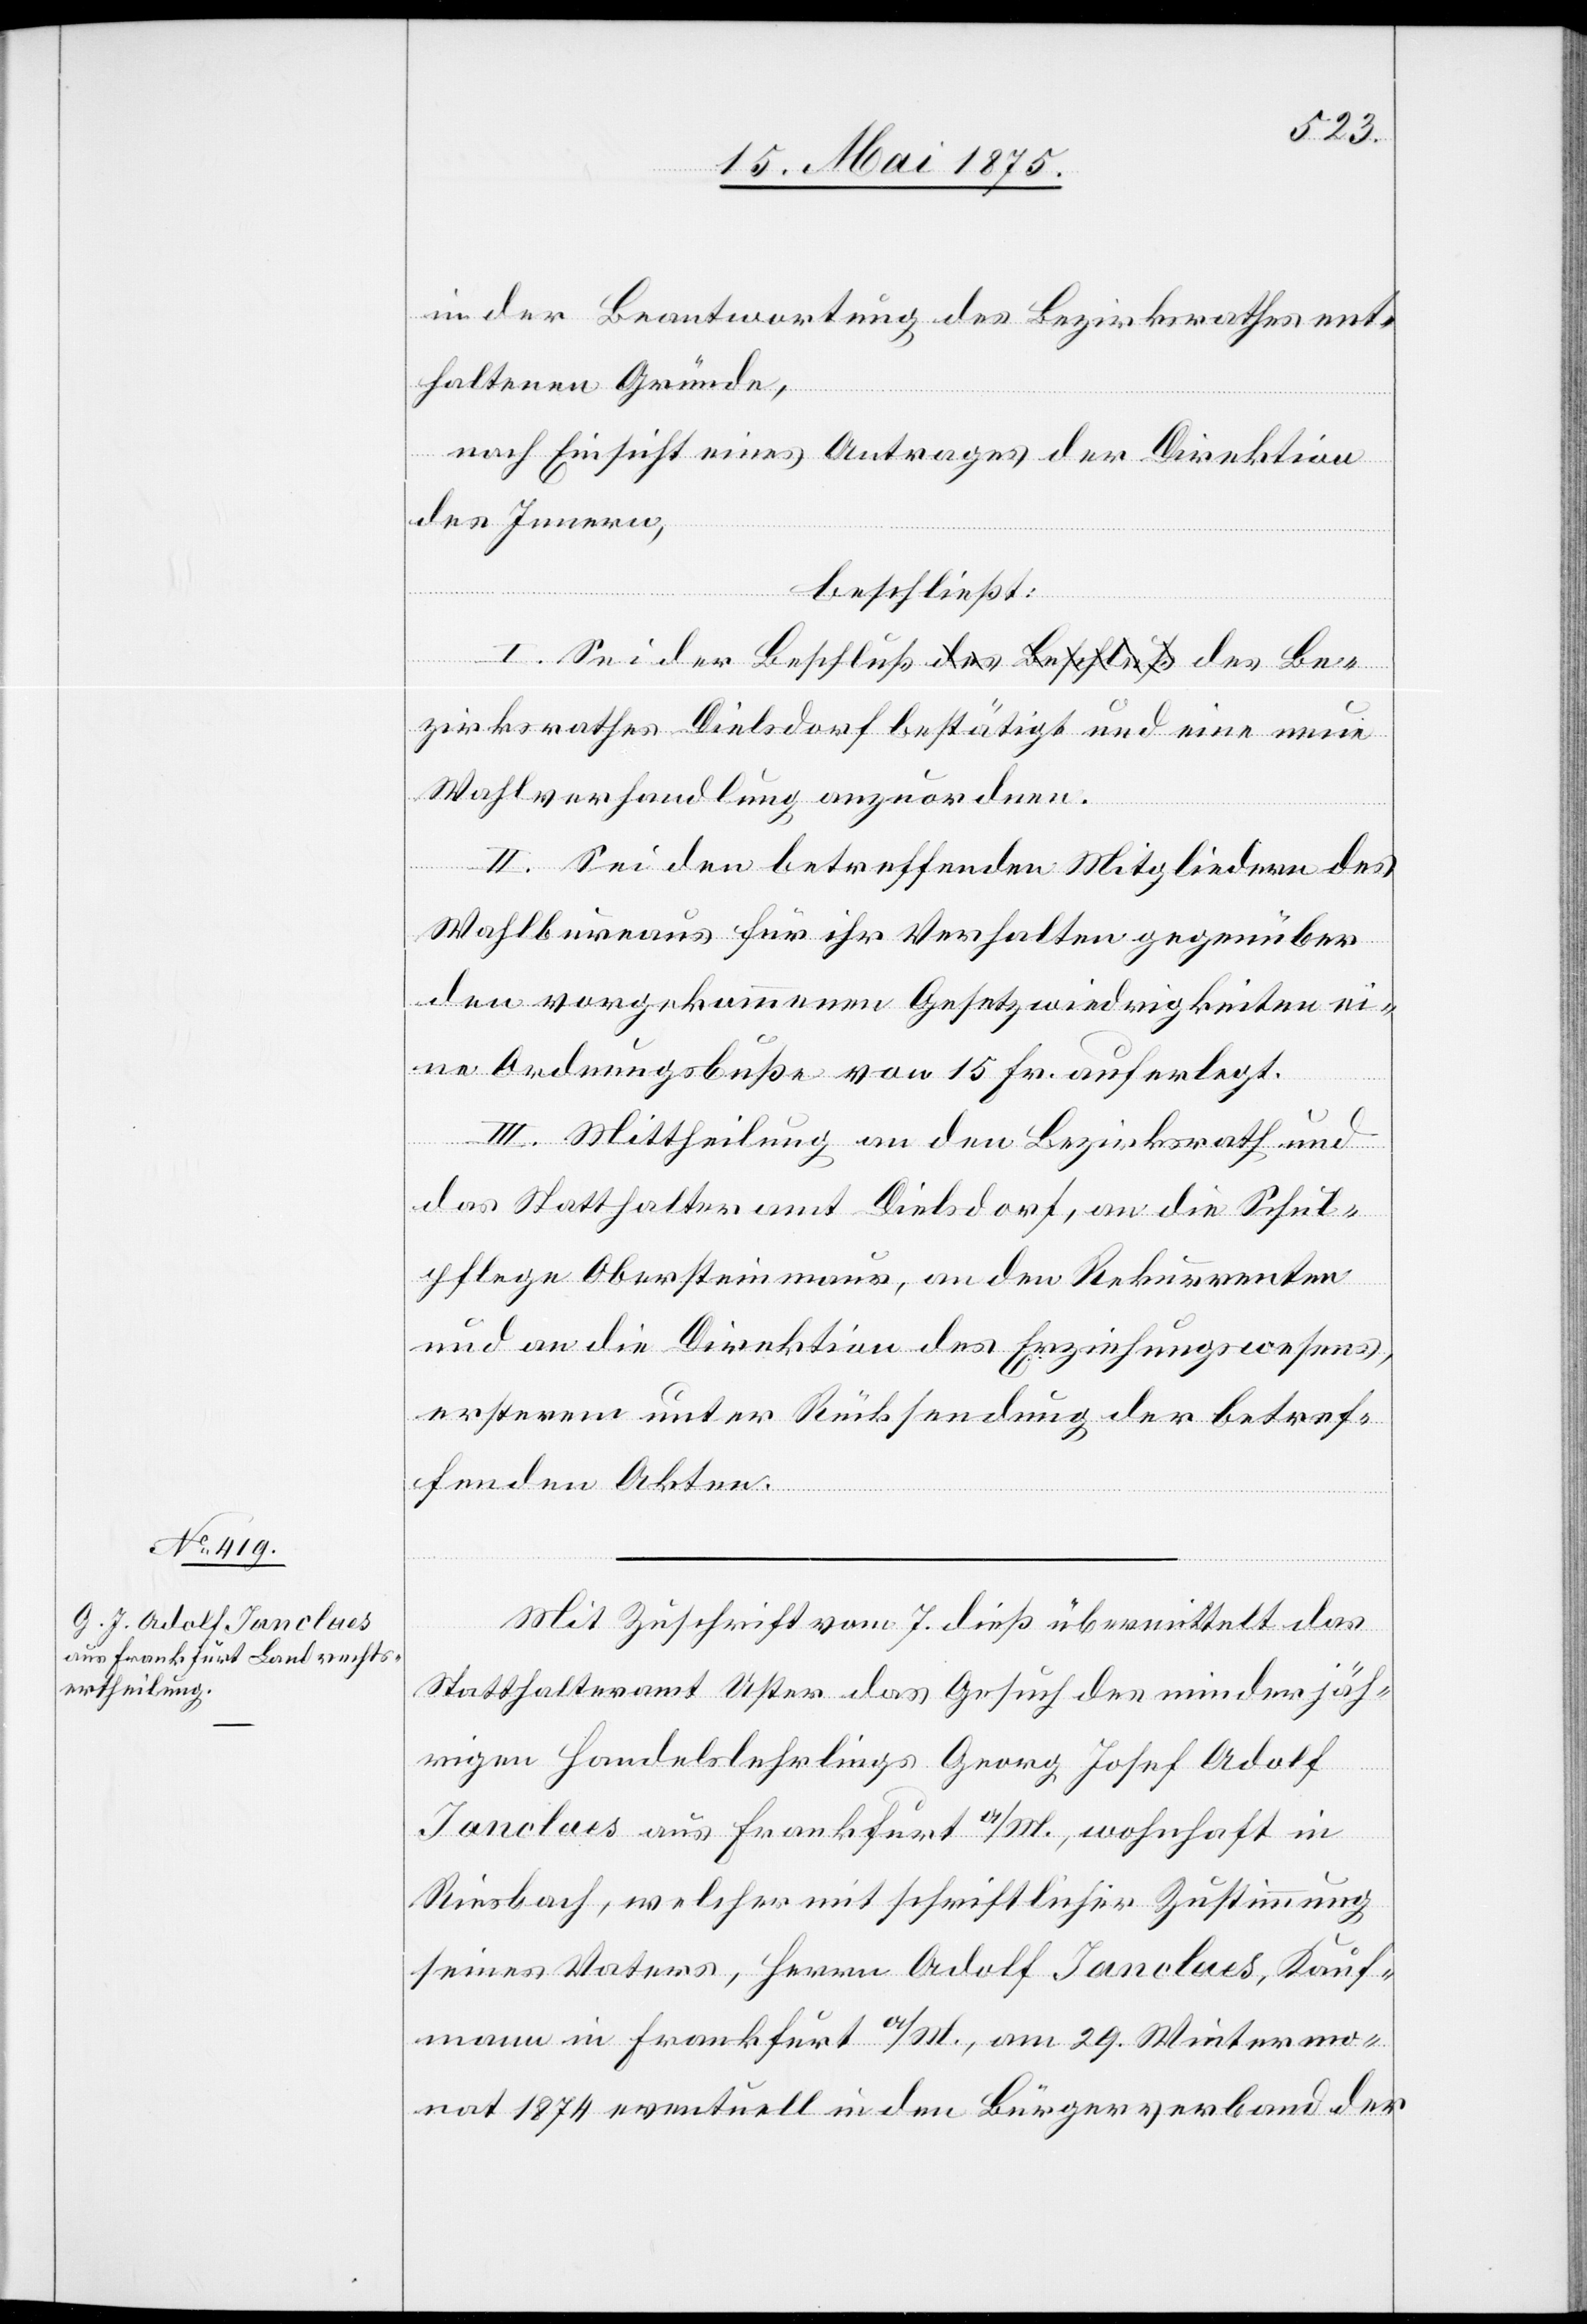
in der Beantwortung des Bezirksrathes ent¬
haltenen Gründe,
eine
nach Einsicht eines Antrages der Direktion
des Innern,
neue
beschließt:
I. Sei der Beschluß des Bezirksrathes Diels¬
Wahlverhandlung anzuordnen.
II. Sei den betreffenden Mitgliedern des
Wahlbureaus für ihr Verhalten gegenüber
den vorgekommenen Gesetzwiedrigkeiten ei¬
ne Ordnungsbuße von 15 Fr. auferlegt.
III. Mittheilung an den Bezirksrath und
das Statthalteramt Dielsdorf, an die Schul¬
pflege Obersteinmaur, an den Rekurrenten
und an die Direktion des Erziehungswesens,
ersterem unter Rücksendung der betref¬
fenden Akten.
Mit Zuschrift vom 7. dieß übermittelt das
Statthalteramt Uster das Gesuch des minderjäh¬
rigen Handelslehrlings Georg Josef Adolf
Ianclues aus Frankfurt a/M., wohnhaft in
Riesbach, welcher mit schriftlicher Zustimmung
seines Vaters, Herrn Adolf Ianclues, Kauf¬
mann in Frankfurt a/M., am 29. Wintermo¬
nat 1874 eventuell in den Bürgerverband der